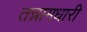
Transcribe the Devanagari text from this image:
तन्नामधारी